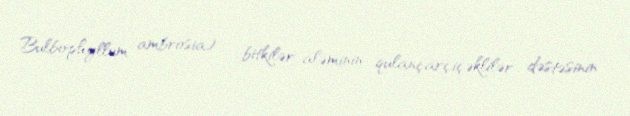
Bulbophyllum ambrosia) — bitkilər aləminin qulançarçiçəklilər dəstəsinin